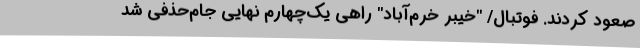
صعود کردند. فوتبال/ "خیبر خرم‌آباد" راهی یک‌چهارم نهایی جام‌حذفی شد